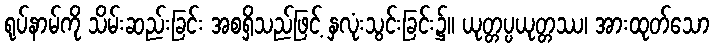
ရုပ်နာမ်ကို သိမ်းဆည်းခြင်း အစရှိသည်ဖြင့် နှလုံးသွင်းခြင်း၌။ ယုတ္တပ္ပယုတ္တဿ၊ အားထုတ်သော